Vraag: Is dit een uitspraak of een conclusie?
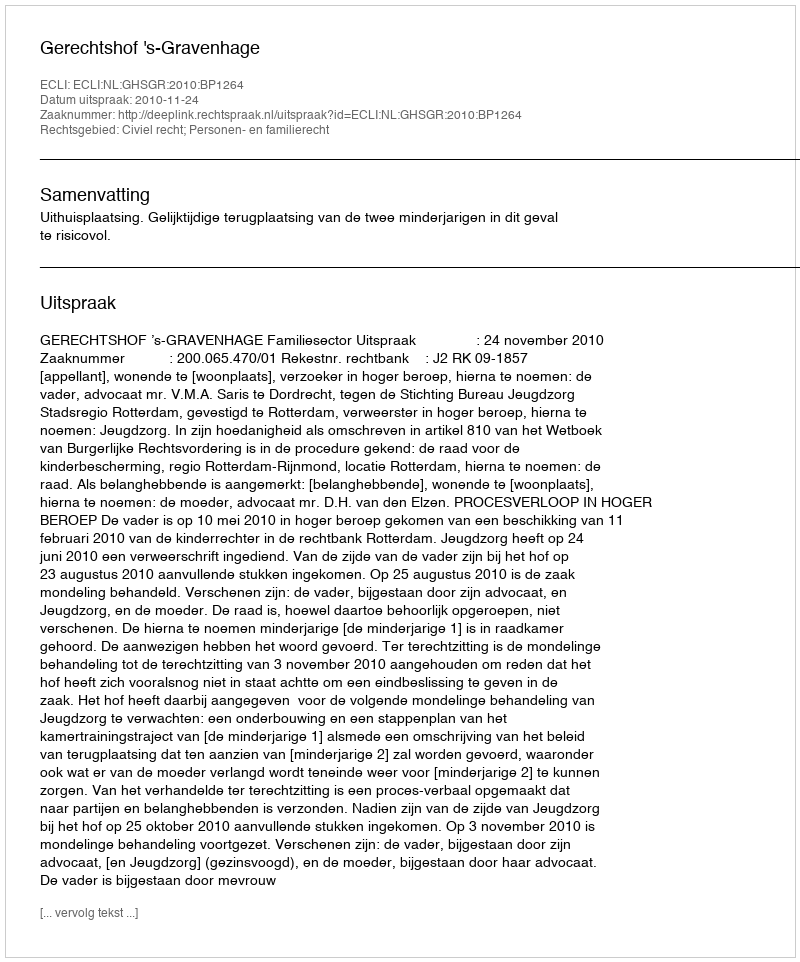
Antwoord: Uitspraak